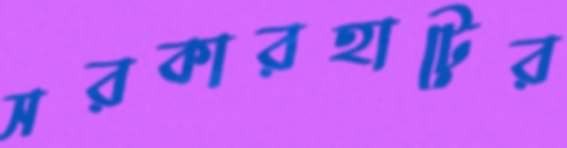
সরকারহাটের